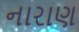
નારાણ